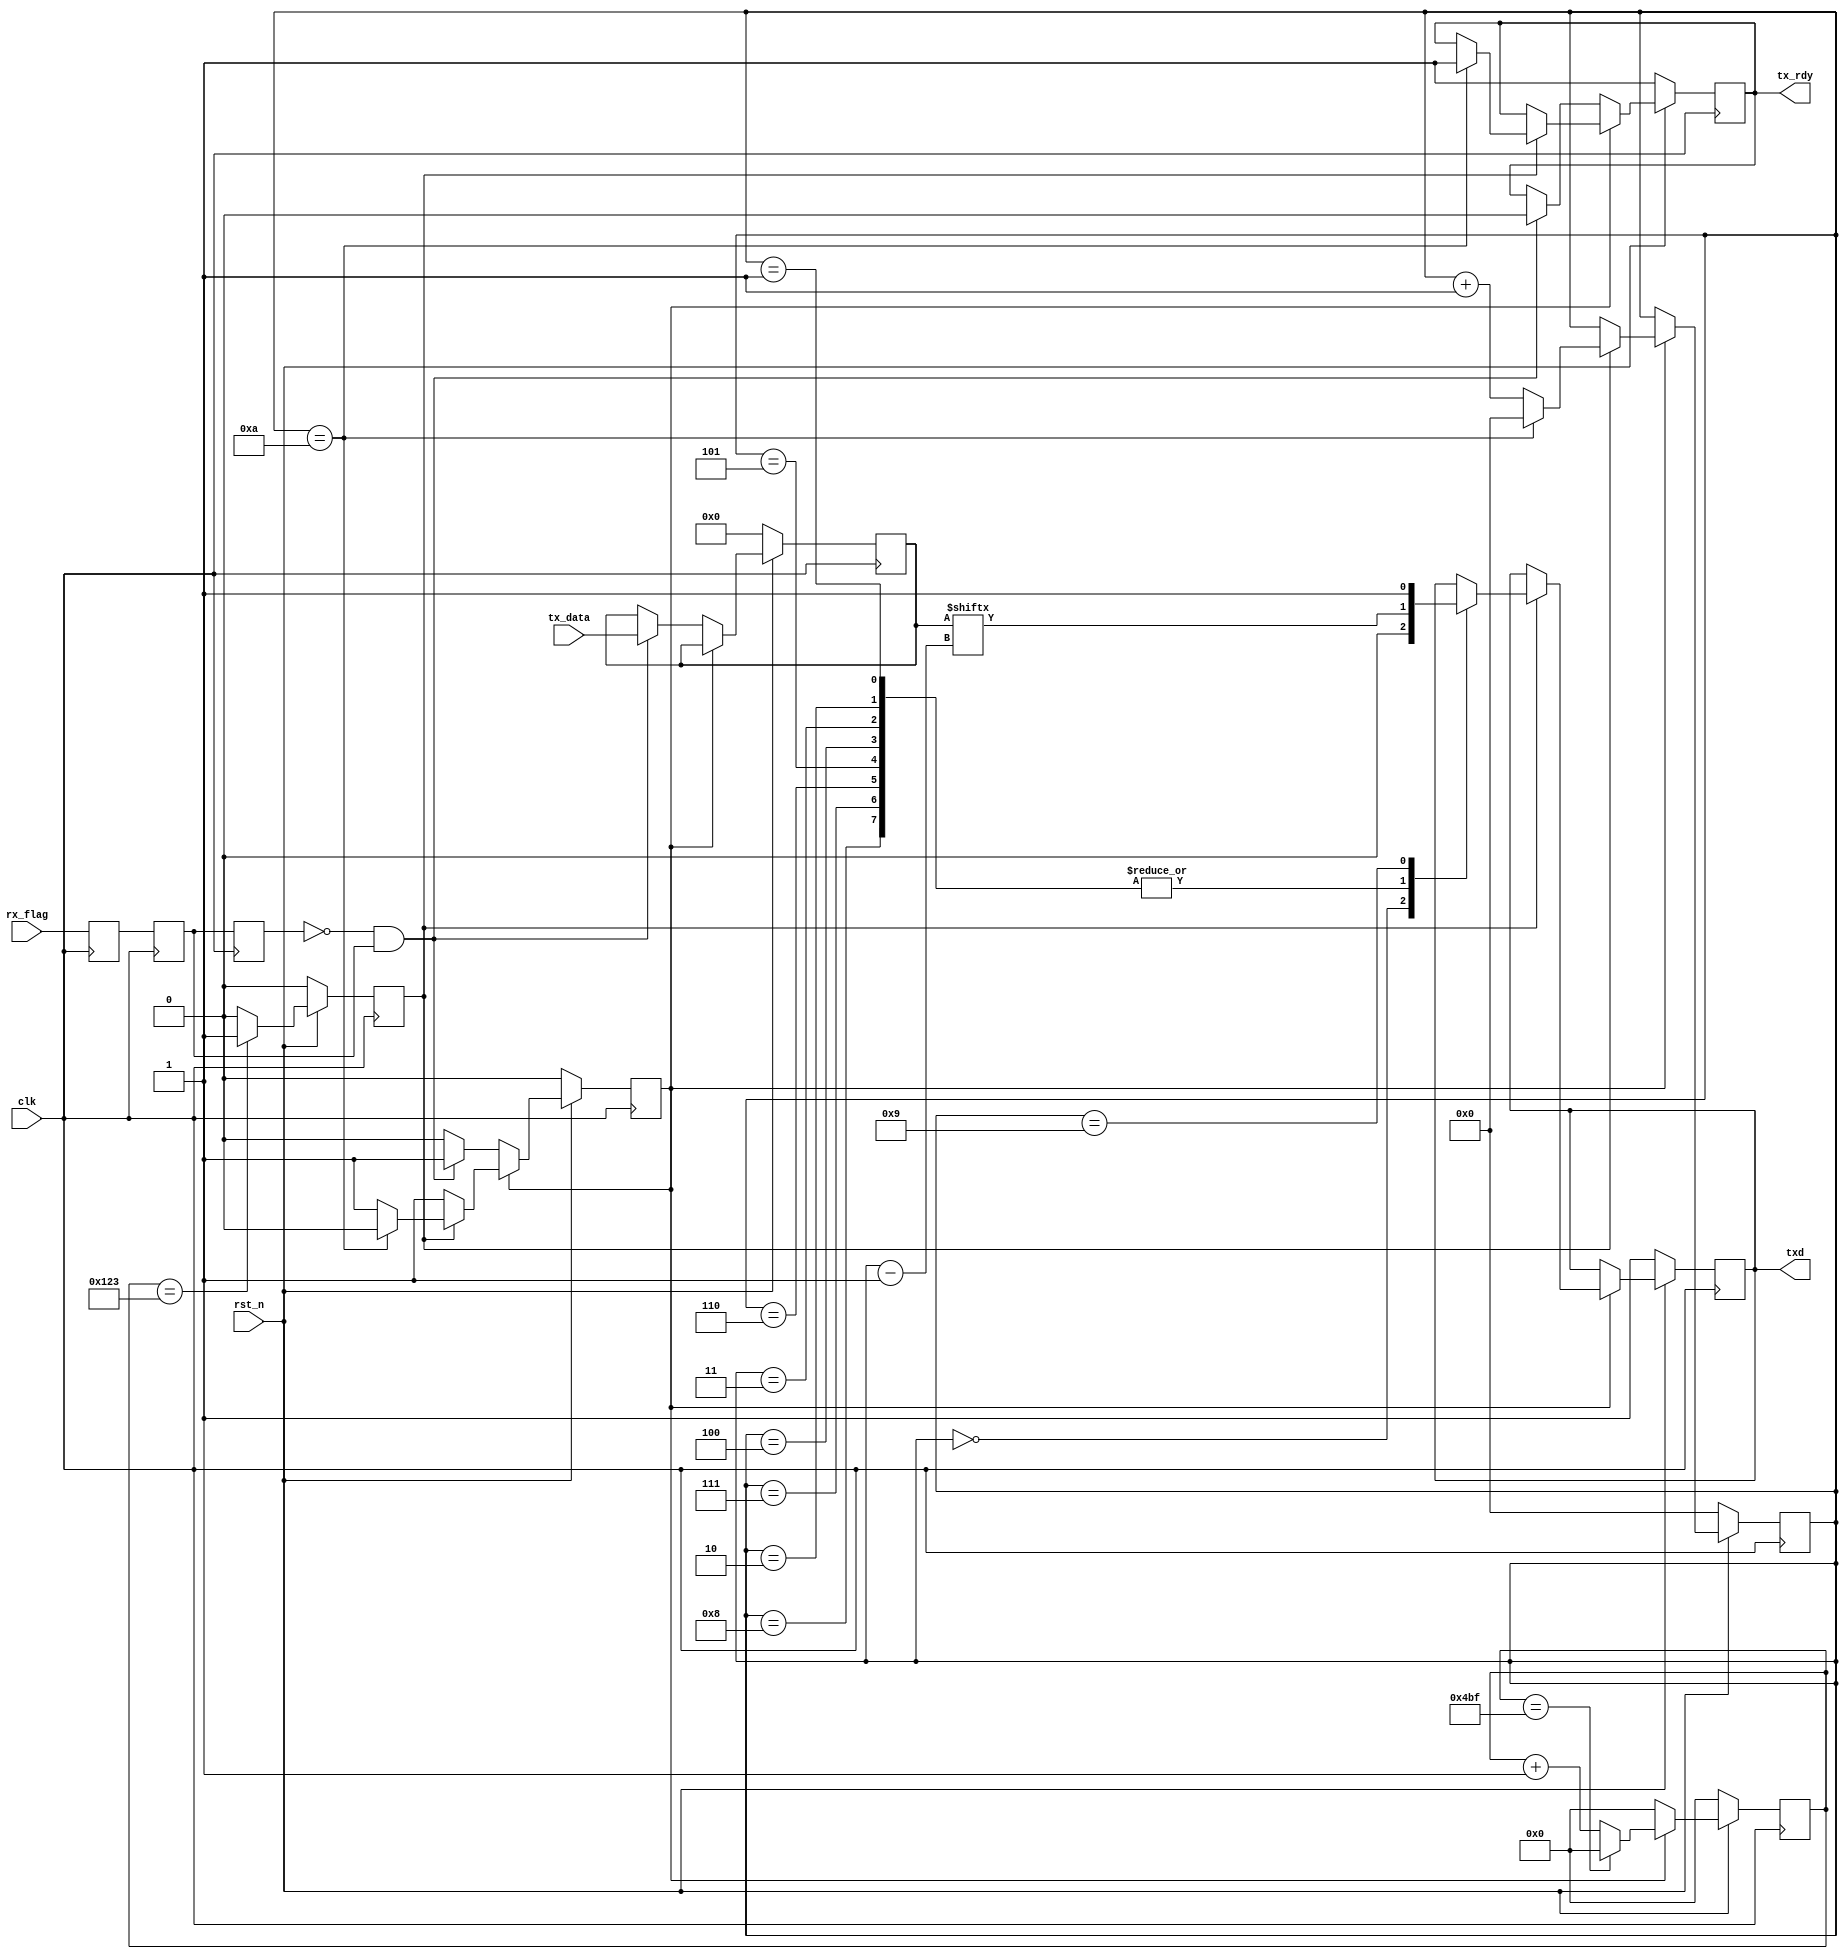
module tx_module(clk,txd,tx_data,rx_flag,tx_rdy,rst_n);
input clk,rx_flag,rst_n;
output reg txd,tx_rdy;
input [7:0] tx_data;
reg tx_flag;
reg [3:0]tx_bit;
reg [7:0]temp_data;
reg [15:0] bps_cnt;
reg bps_clk=0;
reg rx_flag_test0,rx_flag_test1,rx_flag_test2;
wire rx_flagneg;


always@(posedge clk)
begin
	rx_flag_test0<=rx_flag;
	rx_flag_test1<=rx_flag_test0;
	rx_flag_test2<=rx_flag_test1;
end
assign rx_flagneg=~rx_flag_test2 & rx_flag_test1;//RX  
always@(posedge clk)//115200bps
begin
	if(!rst_n)
	begin
		bps_cnt<=0;
		bps_clk<=0;
	end
	else
	begin
		if(tx_flag)//tx
			begin
				//if(bps_cnt==582)//434	50M	( 115200/67M----bps_cnt=67,000,000/115200=582 )//PCLK
				if(bps_cnt==1215)//434	50M	( 115200/67M----bps_cnt=67,000,000/115200=582 )//PCLK
						bps_cnt<=0;
				else
						bps_cnt<=bps_cnt+1'b1;
			end
		else	bps_cnt<=0;
		if(bps_cnt==291)
				bps_clk<=1;
		else
				bps_clk<=0;
	end
end
reg [19:0] rxd_rst_cnt;
reg rxd_rst;
always@(posedge clk)
begin
	if(!rst_n)
	begin
		rxd_rst_cnt<=0;
		rxd_rst<=0;
		tx_rdy<=1;   //tx
		temp_data<=8'd0;
		tx_flag<=0;
		tx_bit<=0;
		txd <=1'b1;
	end
	else
	begin
		if(!tx_flag)//txtx
			begin
			if(rx_flagneg)//
				begin
					tx_flag<=1;
					tx_rdy<=0;  //
					temp_data<=tx_data;
				end
				else
				begin
					tx_rdy<=tx_rdy;
					tx_flag<=tx_flag;//
				end
			end
		else //if(tx_flag)  1
			begin			    
				if(bps_clk)//
				begin
					tx_bit<=tx_bit+1;
					case(tx_bit)
								0			:	txd<=0;//
						1,2,3,4,5,6,7,8:	txd<=temp_data[tx_bit-1];//8bit
								9			:	begin txd<=1;	end//
								10			:	begin	tx_flag<=0;tx_bit<=0;tx_rdy<=1;end //
						default :;
					endcase
				end
			end
	end
end
endmodule